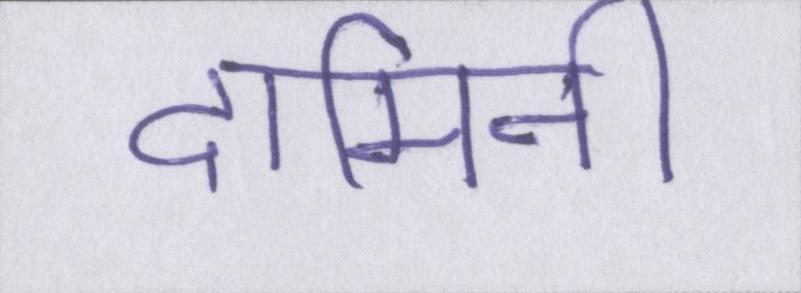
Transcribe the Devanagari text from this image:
दामिनी